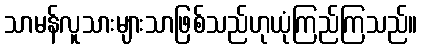
သာမန်လူသားများသာဖြစ်သည်ဟုယုံကြည်ကြသည်။